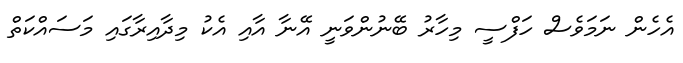
އެހެން ނަމަވެސް ހަފްސީ މިހާރު ބޭނުންވަނީ އޭނާ އާއި އެކު މިދާއިރާގައި މަސައްކަތް